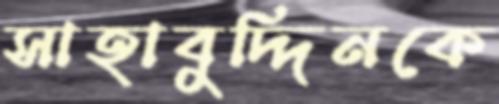
সাহাবুদ্দিনকে